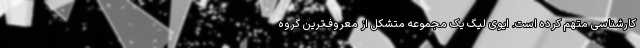
کارشناسی متهم کرده است. ایوی لیگ یک مجموعه متشکل از معروف‌ترین گروه